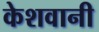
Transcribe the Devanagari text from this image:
केशवानी